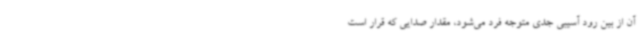
آن از بین رود آسیبی جدی متوجه فرد می‌شود، مقدار صدایی که قرار است